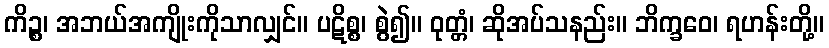
ကိဉ္စ၊ အဘယ်အကျိုးကိုသာလျှင်။ ပဋိစ္စ၊ စွဲ၍။ ဝုတ္တံ၊ ဆိုအပ်သနည်း။ ဘိက္ခဝေ၊ ရဟန်းတို့။